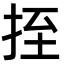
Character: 挃